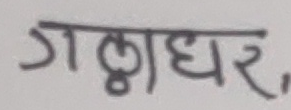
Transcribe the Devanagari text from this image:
गढाधर,